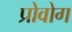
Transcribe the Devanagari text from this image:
प्रोवोग